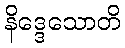
နိဒ္ဒေသောတိ